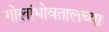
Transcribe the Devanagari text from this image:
गोलांभोवतालच्या